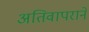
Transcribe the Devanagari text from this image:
अतिवापराने